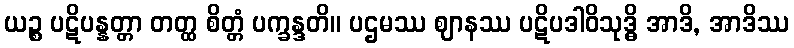
ယဉ္စ ပဋိပန္နတ္တာ တတ္ထ စိတ္တံ ပက္ခန္ဒတိ။ ပဌမဿ ဈာနဿ ပဋိပဒါဝိသုဒ္ဓိ အာဒိ, အာဒိဿ